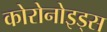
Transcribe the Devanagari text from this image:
कोरोनोइड्स